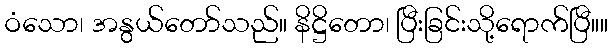
ဝံသော၊ အနွယ်တော်သည်။ နိဋ္ဌိတော၊ ပြီးခြင်းသို့ရောက်ပြီ။။